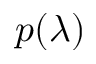
p ( \lambda )